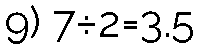
9) 7÷2=3.5